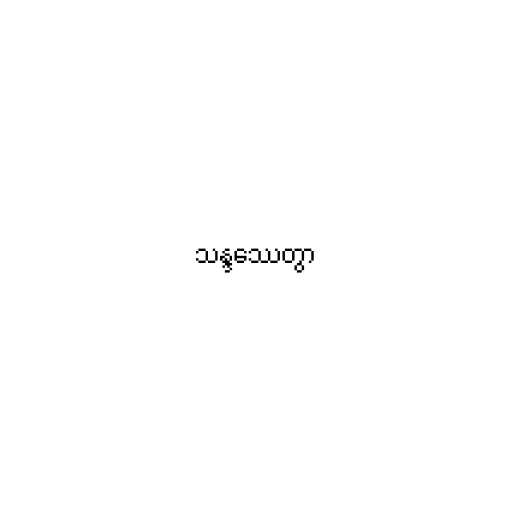
သန္ဒဿေတွာ